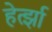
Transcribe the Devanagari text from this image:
हेर्त्झा